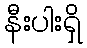
နီးပါးရှိ